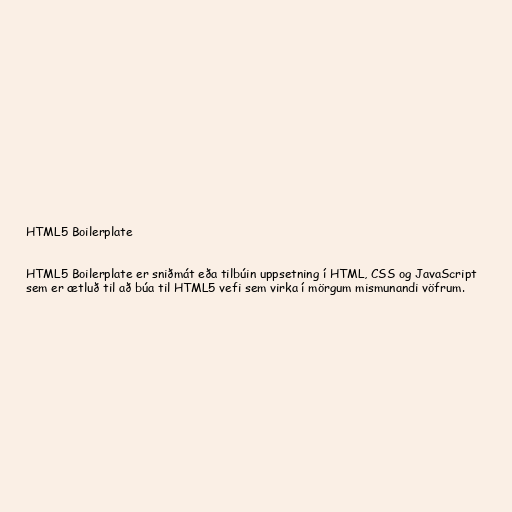
HTML5 Boilerplate

HTML5 Boilerplate er sniðmát eða tilbúin uppsetning í HTML, CSS og JavaScript
sem er ætluð til að búa til HTML5 vefi sem virka í mörgum mismunandi vöfrum.